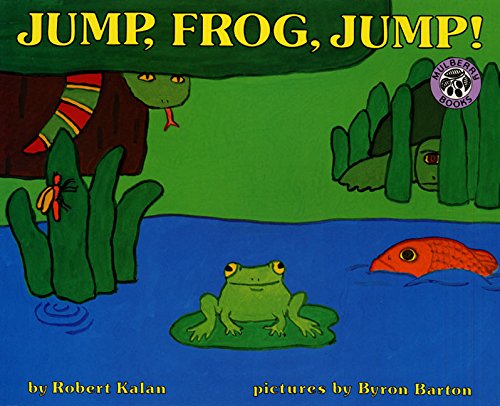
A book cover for Jump, Frog, Jump!; Robert Kalan; Children's Books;